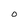
Character: O